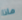
ماذا